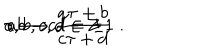
LaTeX: \tau \longrightarrow \frac { a \tau + b } { c \tau + d } \hspace { 1 c m } a , b , c , d \in { \bf Z } \; , \hspace { 1 c m } a b - c d = \pm 1 \; .